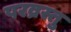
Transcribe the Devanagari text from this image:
परव्रस्तु